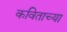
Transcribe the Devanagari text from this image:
कविताच्या